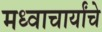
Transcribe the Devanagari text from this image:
मध्वाचार्यांचे